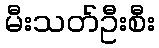
မီးသတ်ဦးစီး